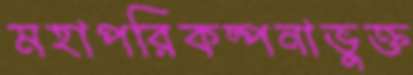
মহাপরিকল্পনাভুক্ত